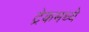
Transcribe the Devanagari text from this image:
ट्रेकमध्ये